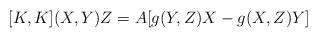
LaTeX: \begin{align*} [K,K](X,Y)Z=A [g(Y,Z)X-g(X,Z)Y]\end{align*}